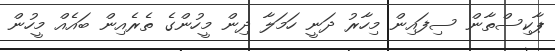
ޕާކިސްތާން ސިފައިން މިހާރު ދަނީ ހަމަލާ ދިން މީހުންގެ ތެރެއިން ބައެއް މީހުން